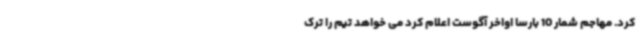
کرد. مهاجم شمار 10 بارسا اواخر آگوست اعلام کرد می خواهد تیم را ترک